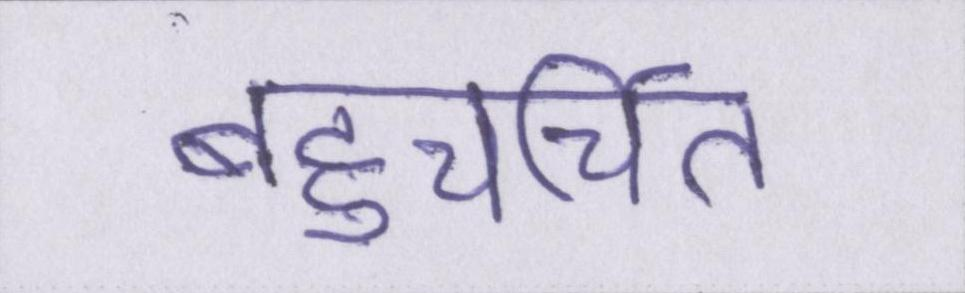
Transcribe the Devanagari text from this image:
बहुचर्चित